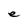
Character: e